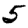
Digit: 5